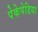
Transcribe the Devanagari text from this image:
पेकेपेडिया